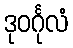
ဒုဝင်္ဂုလံ